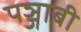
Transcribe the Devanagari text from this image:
पञ्जाबी